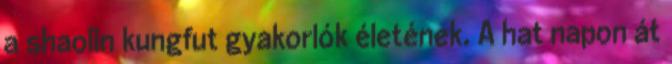
a shaolin kungfut gyakorlók életének. A hat napon át